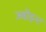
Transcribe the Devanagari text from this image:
ज्वॉइन्ट